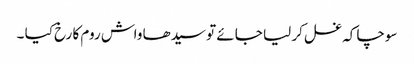
سوچا کہ غسل کر لیا جائے تو سیدھا واش روم کا رخ کیا ۔